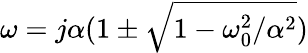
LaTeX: \omega=j\alpha(1\pm\sqrt{1-\omega_{0}^{2}/\alpha^{2}})